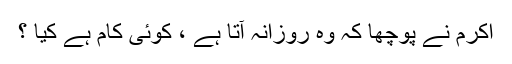
اکرم نے پوچھا کہ وہ روزانہ آتا ہے ، کوئی کام ہے کیا ؟